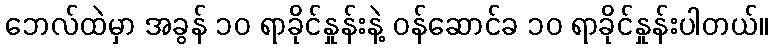
ဘေလ်ထဲမှာ အခွန် ၁၀ ရာခိုင်နှုန်းနဲ့ ဝန်ဆောင်ခ ၁၀ ရာခိုင်နှုန်းပါတယ်။